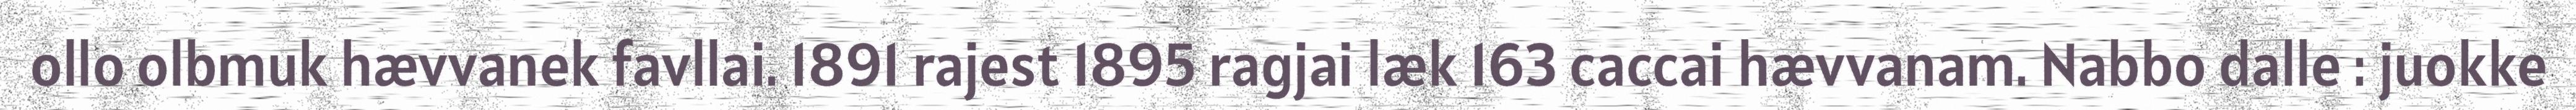
ollo olbmuk hævvanek favllai. 1891 rajest 1895 ragjai læk 163 caccai hævvanam. Nabbo dalle : juokke